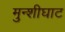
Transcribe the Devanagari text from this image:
मुन्शीघाट